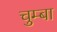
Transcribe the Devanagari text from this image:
चुम्बा